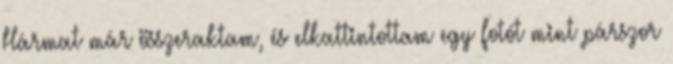
Hármat már összeraktam, és elkattintottam egy fotót mint párszor